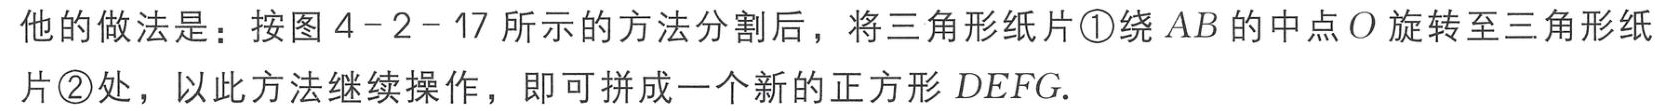
他的做法是：按图 4-2-17 所示的方法分割后，将三角形纸片\textcircled{1}绕 \(AB\) 的中点 \(O\) 旋转至三角形纸片\textcircled{2}处，以此方法继续操作，即可拼成一个新的正方形 \(DEFG\).